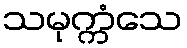
သမုက္ကံသေ